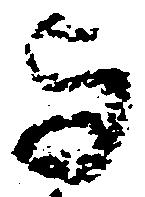
与